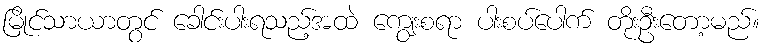
မြိုင်သာယာတွင် ခေါင်းပါးရသည့်အထဲ ကျွေးစရာ ပါးစပ်ပေါက် တိုးဦးတော့မည်။